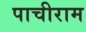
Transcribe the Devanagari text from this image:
पाचीराम